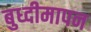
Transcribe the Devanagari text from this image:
बुध्दीमापन